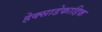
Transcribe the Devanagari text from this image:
हेक्साडेकाडिक